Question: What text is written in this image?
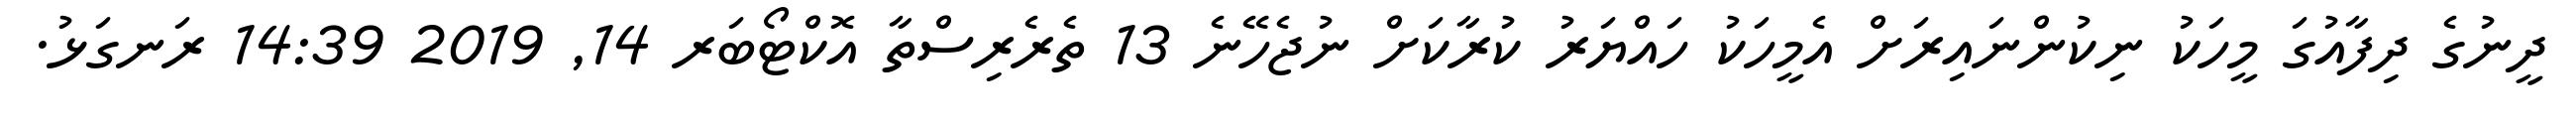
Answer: ދީނުގެ ދިފާއުގަ މީހަކު ނިކުންނައިރަށް އެމީހަކު ހައްޔަރު ކުރާކަށް ނުޖެހޭނެ 13 ތެރެރިސްތާ އޮކްޓޯބަރ 14, 2019 14:39 ރަނގަޅު.